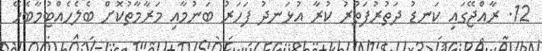
12. ރާއްޖޭގައި ކަނޑު ދަތުރުފަތުރު ކުރާ އުޅަނދު ފަހަރު ބަނުމާއި މަރާމާތުކޮށް ބެލެހެއްޓުމާބެހޭ